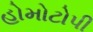
હોમોટોપી